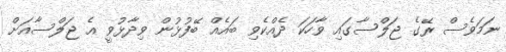
ނަމަވެސް ރޭގެ ޖަލްސާގައި ވާހަކަ ދެއްކެވި ބައެެއް ބޭފުޅުން ވިދާޅުވީ އެ ޖަލްސާއަށް